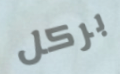
بركل